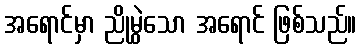
အရောင်မှာ ညိုမွဲသော အရောင် ဖြစ်သည်။